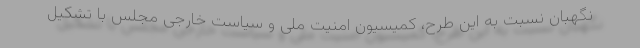
نگهبان نسبت به این طرح، کمیسیون امنیت ملی و سیاست خارجی مجلس با تشکیل